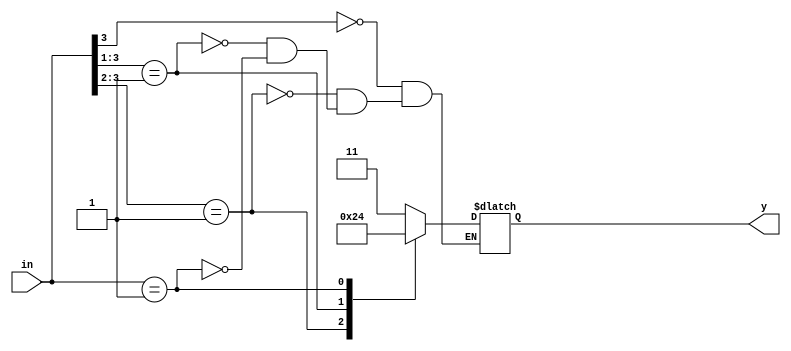
module priority_encoder_4to2 (
	input [3:0] in,
	output reg [1:0] y);
always@(*)
begin

casex (in)
4'b1xxx: y=2'd3;
4'b01xx: y=2'd2;
4'b001x: y=2'd1;
4'b0001: y=2'd0;
endcase
end
endmodule